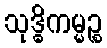
သုဒ္ဓိကမ္မဉ္စ